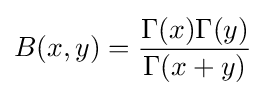
B(x,y)={\frac {\Gamma (x)\Gamma (y)}{\Gamma (x+y)}}